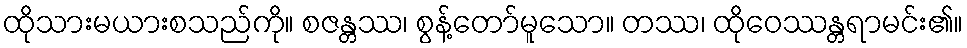
ထိုသားမယားစသည်ကို။ စဇန္တဿ၊ စွန့်တော်မူသော။ တဿ၊ ထိုဝေဿန္တရာမင်း၏။